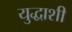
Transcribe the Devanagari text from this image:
युद्धाशी